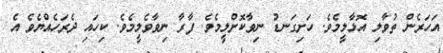
އަހަރެން ތުވާލި އޮޅާލީމެވެ. ހަށިގަނޑު ނިވާކޮށްލީމެވެ. ފާރާ ނިވާވެލީމެވެ. ކިހައި ދެރަހެއްޔެވެ އެ